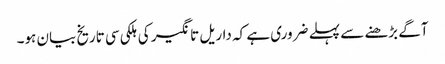
آگے بڑھنے سے پہلے ضروری ہے کہ داریل تانگیر کی ہلکی سی تاریخ بیان ہو۔